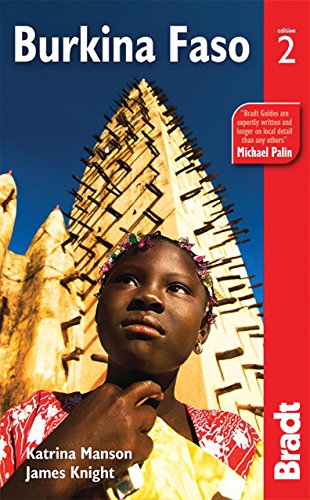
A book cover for Burkina Faso (Bradt Travel Guide Burkina Faso); Katrina Manson; Travel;